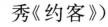
秀《约客》)